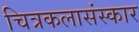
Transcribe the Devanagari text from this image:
चित्रकलासंस्कार